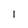
Character: l